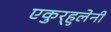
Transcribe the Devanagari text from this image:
एकुर्‍हुलेनी